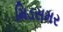
મિડસમર